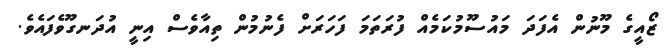
ޒޯއީގެ މޫނުން އެފަދަ މައުސޫމުކަމެއް ފުރަތަމަ ފަހަރަށް ފެނުމުން ތިއާވެސް އިނީ އުދަނގޫވެފައެވެ.